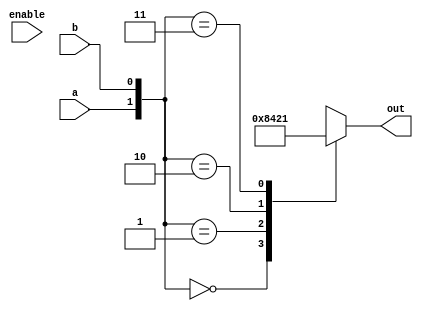
module decoder2(a,b,enable,out);
input a,b,enable;
output reg [3:0] out;

always @(enable or a or b)
begin
	case({a,b})
	2'b00	:	out = 4'b1000 ;
	2'b01	:	out = 4'b0100 ;
	2'b10	:	out = 4'b0010 ;
	2'b11	:	out = 4'b0001 ;
	default :	out = 4'b0000;
	endcase
end

endmodule